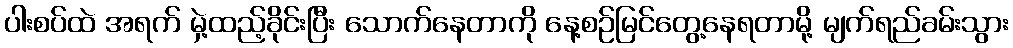
ပါးစပ်ထဲ အရက် မှဲ့ထည့်ခိုင်းပြီး သောက်နေတာကို နေ့စဉ်မြင်တွေ့နေရတာမို့ မျက်ရည်ခမ်းသွား